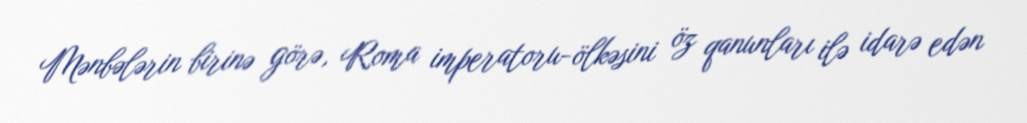
Mənbələrin birinə görə, Roma imperatoru-ölkəsini öz qanunları ilə idarə edən